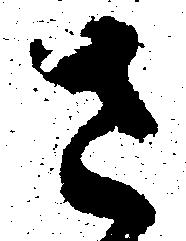
さ